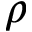
\rho